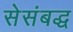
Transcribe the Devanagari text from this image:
सेसंबद्ध